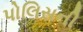
પોલિસની